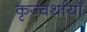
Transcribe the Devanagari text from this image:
कृज्वर्थायाँ